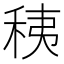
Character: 䄺